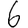
Digit: 6